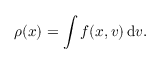
\rho ( x ) = \int f ( x , v ) \, \mathrm { d } v .